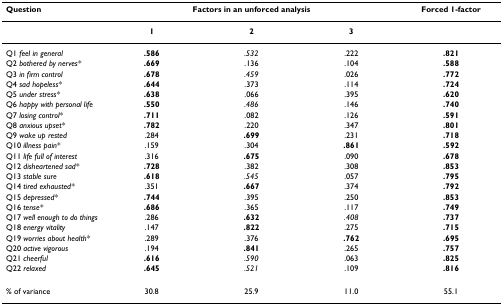
| Question | <COLSPAN=3> Factors in an unforced analysis | Forced 1-factor |
 | --- | --- | --- | --- | --- |
 |  | 1 | 2 | 3 |  |
 | Q1 feel in general | .586 | .532 | .222 | .821 |
 | Q2 bothered by nerves* | .669 | .136 | .104 | .588 |
 | Q3 in firm control | .678 | .459 | .026 | .772 |
 | Q4 sad hopeless* | .644 | .373 | .114 | .724 |
 | Q5 under stress* | .638 | .066 | .395 | .620 |
 | Q6 happy with personal life | .550 | .486 | .146 | .740 |
 | Q7 losing control* | .711 | .082 | .126 | .591 |
 | Q8 anxious upset* | .782 | .220 | .347 | .801 |
 | Q9 wake up rested | .284 | .699 | .231 | .718 |
 | Q10 illness pain* | .159 | .304 | .861 | .592 |
 | Q11 life full of interest | .316 | .675 | .090 | .678 |
 | Q12 disheartened sad* | .728 | .382 | .308 | .853 |
 | Q13 stable sure | .618 | .545 | .057 | .795 |
 | Q14 tired exhausted* | .351 | .667 | .374 | .792 |
 | Q15 depressed* | .744 | .395 | .250 | .853 |
 | Q16 tense* | .686 | .365 | .117 | .749 |
 | Q17 well enough to do things | .286 | .632 | .408 | .737 |
 | Q18 energy vitality | .147 | .822 | .275 | .715 |
 | Q19 worries about health* | .289 | .376 | .762 | .695 |
 | Q20 active vigorous | .194 | .841 | .265 | .757 |
 | Q21 cheerful | .616 | .590 | .063 | .825 |
 | Q22 relaxed | .645 | .521 | .109 | .816 |
 | % of variance | 30.8 | 25.9 | 11.0 | 55.1 |